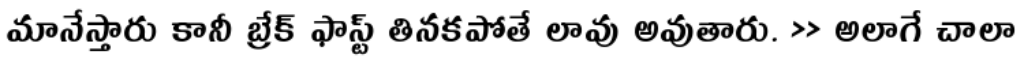
మానేస్తారు కానీ బ్రేక్ ఫాస్ట్ తినకపోతే లావు అవుతారు. >> అలాగే చాలా